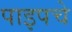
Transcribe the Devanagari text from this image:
पाइपचे